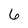
Character: 6